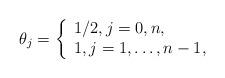
LaTeX: \begin{align*}{\theta _j} = \left\{ \begin{array}{l}1/2,j = 0,n,\\1,j = 1, \ldots ,n - 1,\end{array} \right.\end{align*}